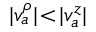
| v _ { a } ^ { \rho } | \! < \! | v _ { a } ^ { z } |